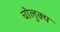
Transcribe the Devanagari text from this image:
चोलुक्य